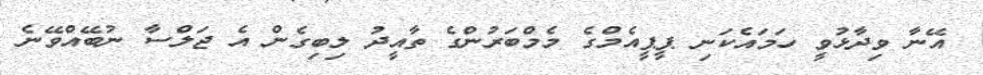
އޭނާ ވިދާޅުވީ ހަމައެކަނި ޕީޕީއެމްގެ މެމްބަރުންގެ ތާއީދު ލިބިގެން އެ ޖަލްސާ ނުބޭއްވޭނެ